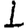
Digit: 1